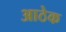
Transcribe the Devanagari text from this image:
आठेक